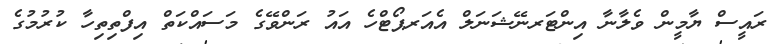
ރައީސް ޔާމީން ވެލާނާ އިންޓަރނޭޝަނަލް އެއަރޕޯޓްހެ އައު ރަންވޭގެ މަސައްކަތް އިފްތިތިހާ ކުރުމުގެ